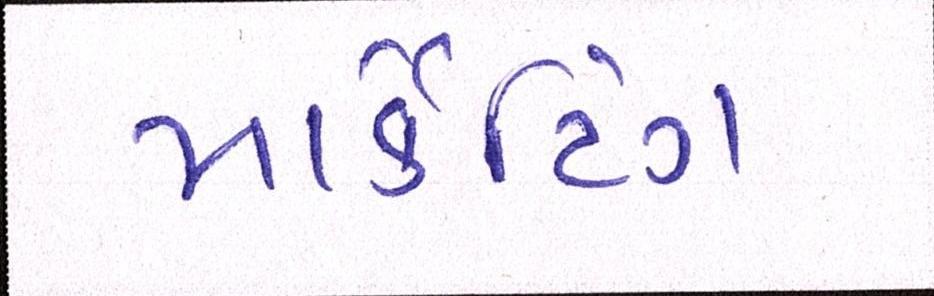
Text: માર્કેટિંગ